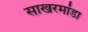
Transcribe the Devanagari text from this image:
साखरमांडा